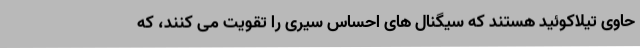
حاوی تیلاکوئید هستند که سیگنال های احساس سیری را تقویت می کنند، که